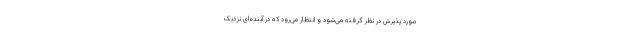
مورد پذیرش در نظر گرفته می‌شود و انتظار می‌رود که در آینده‌ای نزدیک